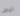
ليس